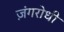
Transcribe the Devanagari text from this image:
ज़ंगरोधी